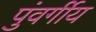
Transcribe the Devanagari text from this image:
पुंवर्गीय